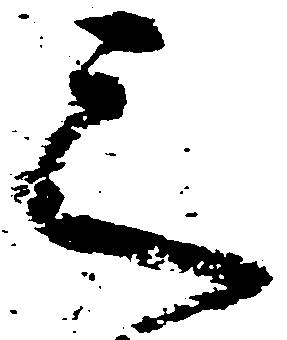
之